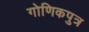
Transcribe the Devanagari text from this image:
गोणिकपुत्र